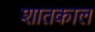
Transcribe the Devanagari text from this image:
शातकाल